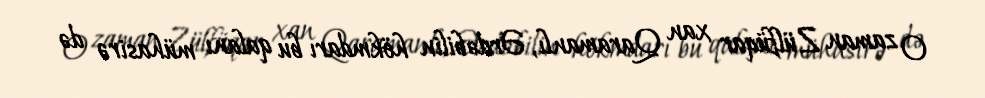
O zaman Zülfüqar xan Qaramanlı, Ərdəbilin hökmdarı bu qalanı mühasirə də